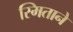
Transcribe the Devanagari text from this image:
स्मिताने